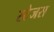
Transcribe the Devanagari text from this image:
स्टेजस